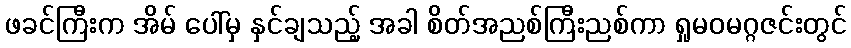
ဖခင်ကြီးက အိမ် ပေါ်မှ နှင်ချသည့် အခါ စိတ်အညစ်ကြီးညစ်ကာ ရှုမဝမဂ္ဂဇင်းတွင်